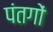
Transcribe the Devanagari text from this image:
पंतगों